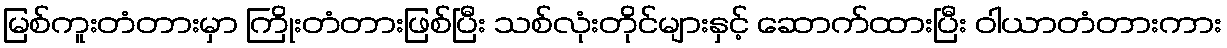
မြစ်ကူးတံတားမှာ ကြိုးတံတားဖြစ်ပြီး သစ်လုံးတိုင်များနှင့် ဆောက်ထားပြီး ဝါယာတံတားကား